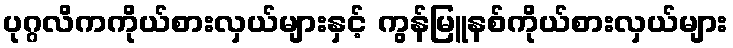
ပုဂ္ဂလိကကိုယ်စားလှယ်များနှင့် ကွန်မြူနစ်ကိုယ်စားလှယ်များ